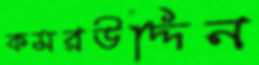
কমরউদ্দিন